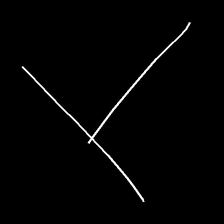
Glyph: column